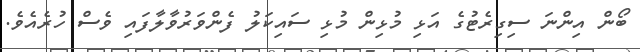
ބޯން އިންނަ ސިގިރެޓުގެ އަޅި މުޅިން މުޅި ސައިކަލު ފެންވަރުވާލާފައި ވެސް ހުރެއެވެ.